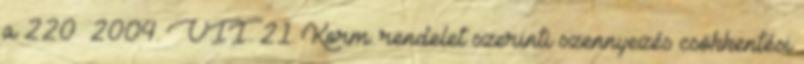
a 220 2004. VII. 21. Korm. rendelet szerinti szennyezés csökkentési